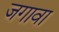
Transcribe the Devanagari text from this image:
जगावा